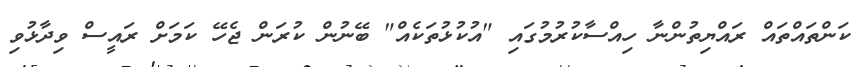
ކަންތައްތައް ރައްޔިތުންނާ ހިއްސާކުރުމުގައި "އުކުޅުތަކެއް" ބޭނުން ކުރަން ޖެހޭ ކަމަށް ރައީސް ވިދާޅުވި